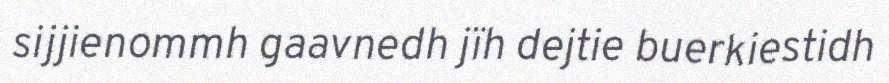
sijjienommh gaavnedh jïh dejtie buerkiestidh